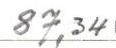
87,34